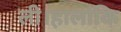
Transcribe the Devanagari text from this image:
ली।हालांकि